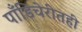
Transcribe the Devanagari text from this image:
पाँडिचेरीतही